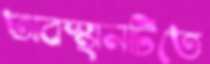
অবস্থানটিতে